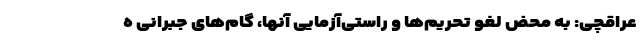
عراقچی: به محض لغو تحریم‌ها و راستی‌آزمایی آنها، گام‌های جبرانی ه